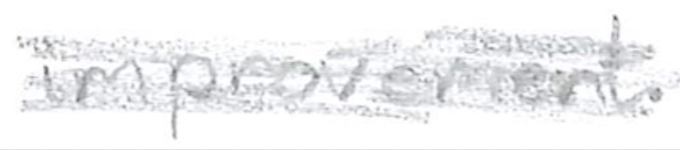
Text: improvement.
Cross-out: mix
Writing tool: pencil